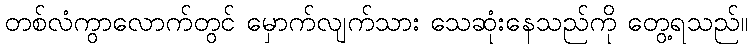
တစ်လံကွာလောက်တွင် မှောက်လျက်သား သေဆုံးနေသည်ကို တွေ့ရသည်။